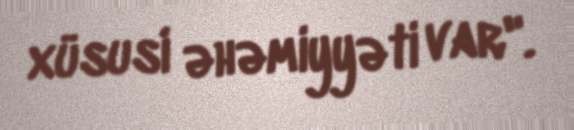
xüsusi əhəmiyyəti var".